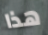
هذا